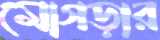
মোগড়ার